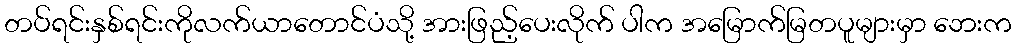
တပ်ရင်းနှစ်ရင်းကိုလက်ယာတောင်ပံသို့ အားဖြည့်ပေးလိုက် ပါက အမြောက်မြတပူများမှာ ဘေးက